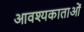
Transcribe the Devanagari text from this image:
आवश्यकाताओं